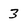
Character: 3